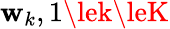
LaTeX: \mathbf{w}_{k},1\lek\leK